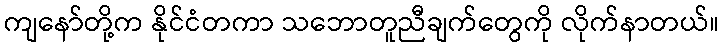
ကျနော်တို့က နိုင်ငံတကာ သဘောတူညီချက်တွေကို လိုက်နာတယ်။